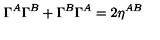
\Gamma ^ { A } \Gamma ^ { B } + \Gamma ^ { B } \Gamma ^ { A } = 2 \eta ^ { A B }